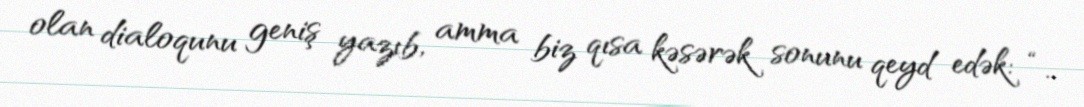
olan dialoqunu geniş yazıb, amma biz qısa kəsərək sonunu qeyd edək: “..